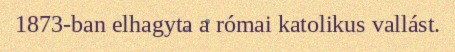
1873-ban elhagyta a római katolikus vallást.